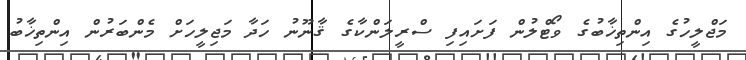
މަޖްލީހުގެ އިންތިޚާބުގެ ވޯޓްލުން ފަށައިފި ސްރީލަންކާގެ ޤާނޫނު ހަދާ މަޖިލީހަށް މެންބަރުން އިންތިޚާބު